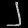
Digit: ၂